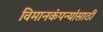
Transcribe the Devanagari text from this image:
विमानकंपन्यांसाठी